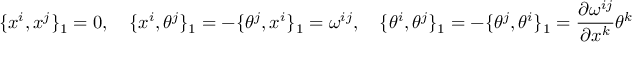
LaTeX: \{ x ^ { i } , x ^ { j } \} _ { 1 } = 0 , \quad \{ x ^ { i } , \theta ^ { j } \} _ { 1 } = - \{ \theta ^ { j } , x ^ { i } \} _ { 1 } = \omega ^ { i j } , \quad \{ \theta ^ { i } , \theta ^ { j } \} _ { 1 } = - \{ \theta ^ { j } , \theta ^ { i } \} _ { 1 } = \frac { \partial \omega ^ { i j } } { \partial x ^ { k } } \theta ^ { k }